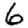
Digit: 6